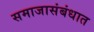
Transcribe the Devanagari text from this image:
समाजासंबंधात